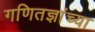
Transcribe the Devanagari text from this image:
गणितज्ञांच्या